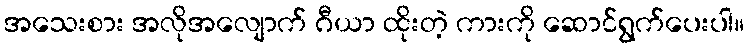
အသေးစား အလိုအလျောက် ဂီယာ ထိုးတဲ့ ကားကို ဆောင်ရွက်ပေးပါ။